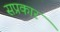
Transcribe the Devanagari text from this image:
सप्रकार